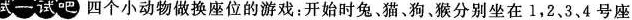
试一试吧 四个小动物做换座位的游戏：开始时兔、猫。狗、猴分别坐在1，2、3、4号座